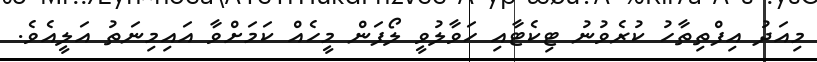
މިއަދު އިފްތިތާހު ކުރެވުނު ޓިކެޓާއި ހަވާލުވީ ލޯފަން މީހެއް ކަމަށްވާ އައިމިނަތު އަލީއެވެ.